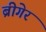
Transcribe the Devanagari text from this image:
ब्रीगेर